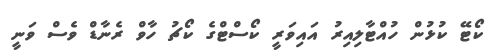
ކޯޓޭ ކުޅުން ހުއްޓާލިއިރު އައިވަރީ ކޯސްޓްގެ ކޯޗު ހާވް ރެނާޑް ވެސް ވަނީ